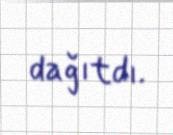
dağıtdı.